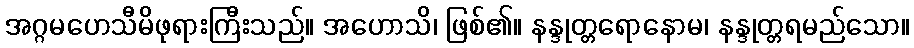
အဂ္ဂမဟေသီမိဖုရားကြီးသည်။ အဟောသိ၊ ဖြစ်၏။ နန္ဒုတ္တရောနောမ၊ နန္ဒုတ္တရမည်သော။